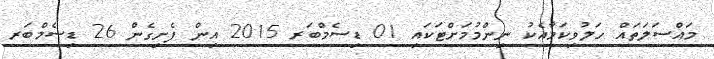
މައްސަލަތައް ހަލުވިކަމާއެކު ނިންމުމަށްޓަކައި 01 ޑިސެމްބަރ 2015 އިން ފެށިގެން 26 ޑިސެމްބަރ